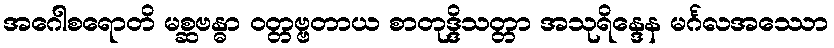
အဂေါစရောတိ မစ္ဆဗန္ဓာ ဝတ္တဗ္ဗတာယ စာတုဒ္ဒိသတ္တာ အသုရိန္ဒေန မင်္ဂလအဿော